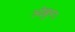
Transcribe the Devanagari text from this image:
ओक्रुग।